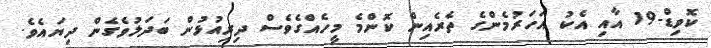
ކޮވިޑް-19 އާއި އެކު އަހަރުމެންގެ ތެރެއިން ކޮންމެ މީހެއްގެވެސް ދިރިއުޅުން ބަދަލުވެގެން ދިޔައެވެ.